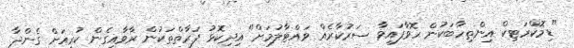
"ޑިމޮކްރަޓިކް އިންތިހާބަކުން ހޮވާފައިވާ ސަރުކާރެއް ވައްޓާލުމަށް" އިދިކޮޅު ފަރާތްތަކުން ރާވާއިގެން ކުރިއަށް ގެންދާ